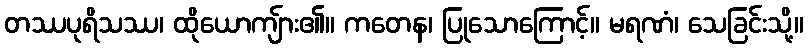
တဿပုရိသဿ၊ ထိုယောကျ်ား၏။ ကတေန၊ ပြုသောကြောင့်။ မရဏံ၊ သေခြင်းသို့။